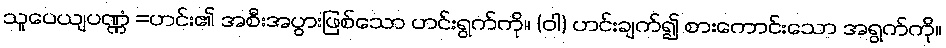
သူပေယျပဏ္ဏံ =ဟင်း၏ အစီးအပွားဖြစ်သော ဟင်းရွက်ကို။ (ဝါ) ဟင်းချက်၍ စားကောင်းသော အရွက်ကို။